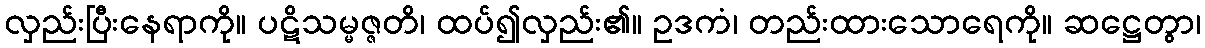
လှည်းပြီးနေရာကို။ ပဋိသမ္မဇ္ဇတိ၊ ထပ်၍လှည်း၏။ ဥဒကံ၊ တည်းထားသောရေကို။ ဆဋ္ဌေတွာ၊